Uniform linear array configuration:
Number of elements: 12
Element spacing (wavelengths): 0.5
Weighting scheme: hamming
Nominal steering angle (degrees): -45
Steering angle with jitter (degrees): -43.522
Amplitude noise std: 0.05
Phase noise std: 0.05

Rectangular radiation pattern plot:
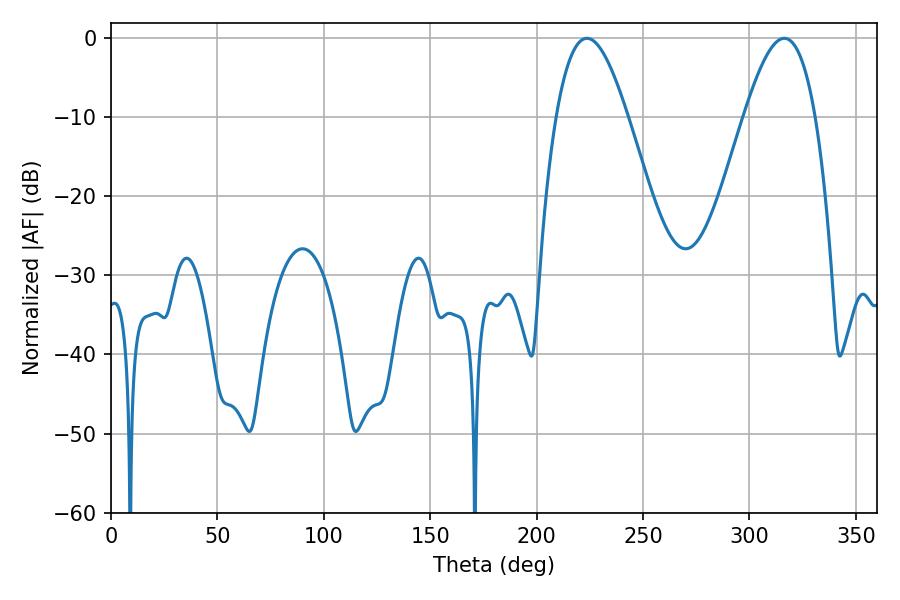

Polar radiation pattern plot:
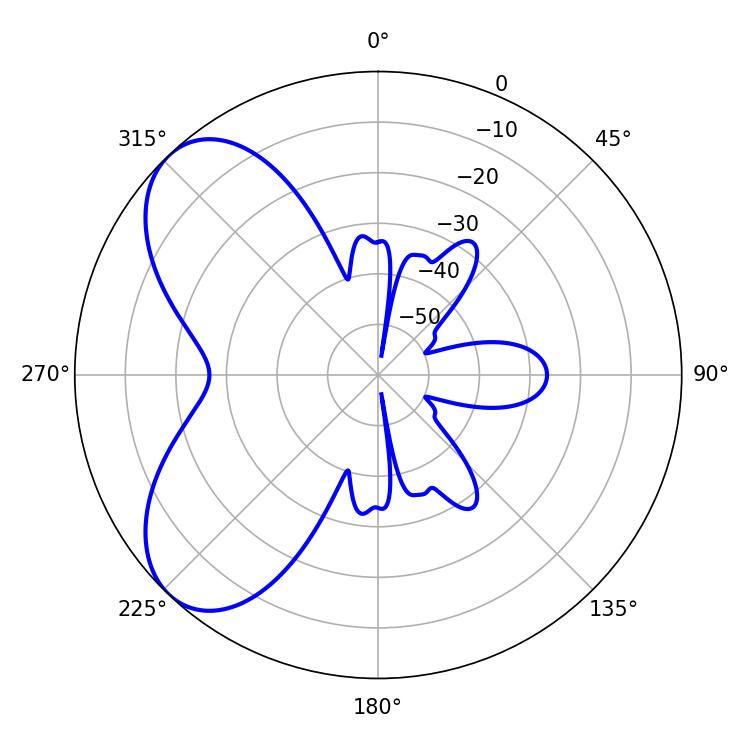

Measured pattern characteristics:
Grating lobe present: FALSE
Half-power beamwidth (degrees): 18.18
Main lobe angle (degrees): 223.56